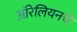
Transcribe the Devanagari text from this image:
ऑरेलियनचे